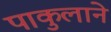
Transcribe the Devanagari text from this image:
पाकुलाने